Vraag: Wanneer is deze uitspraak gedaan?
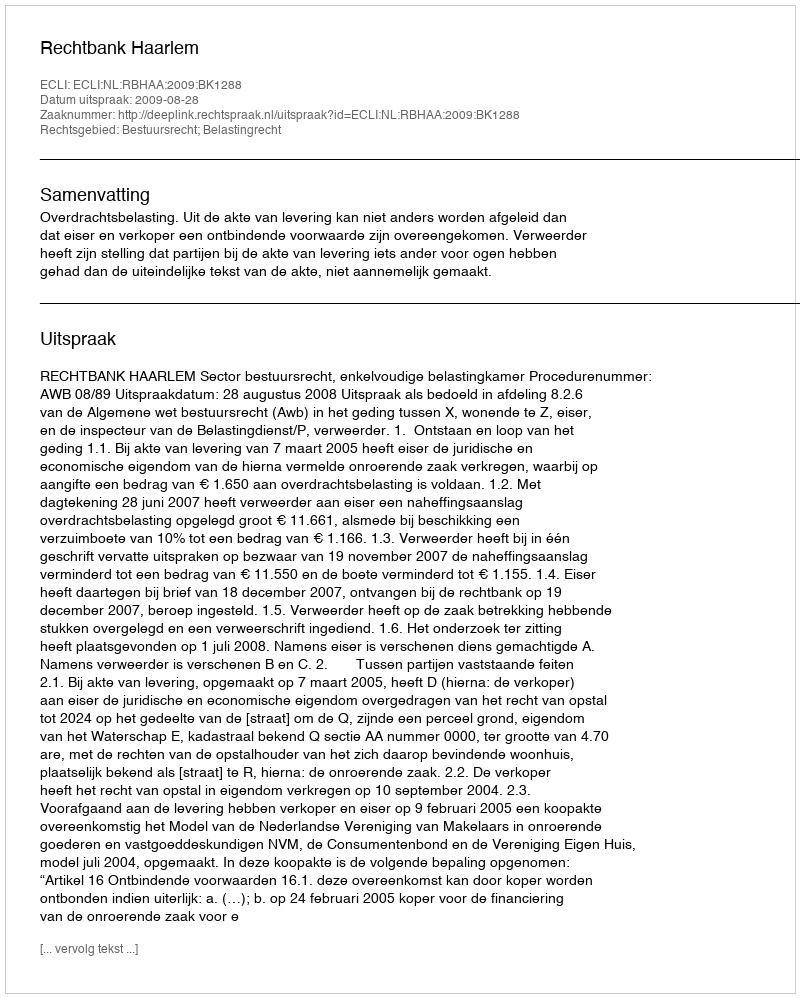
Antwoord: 2009-08-28